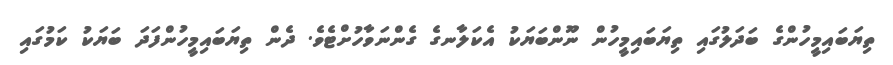
ތިޔަބައިމީހުންގެ ބަދަލުގައި ތިޔަބައިމީހުން ނޫންބަޔަކު އެކަލާނގެ ގެންނަވާހުށްޓެވެ. ދެން ތިޔަބައިމީހުންފަދަ ބަޔަކު ކަމުގައި